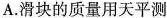
A.滑块的质量用天平测